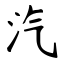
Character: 汽